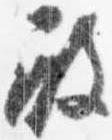
殿